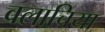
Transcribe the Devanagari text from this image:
वलाचिया